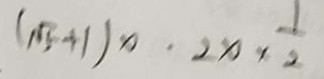
( \sqrt { 5 } + 1 ) x \cdot 2 x \times \frac { 1 } { 2 }